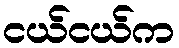
ငယ်ငယ်က